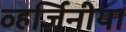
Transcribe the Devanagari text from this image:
व्हर्जिनीया